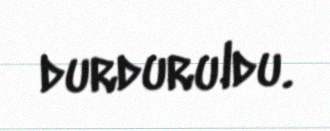
durduruldu.